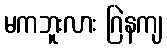
မကဘူးလား ဂြဲနကျ